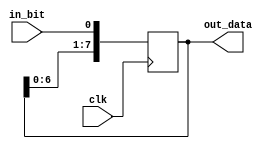
`timescale 1ns / 1ps
//////////////////////////////////////////////////////////////////////////////////
// Company: 
// Engineer: 
// 
// Design Name: 
// Module Name: shift_reg
// Project Name: 
// Target Devices: 
// Tool Versions: 
// Description: 
// 
// Dependencies: 
// 
// Revision:
// Revision 0.01 - File Created
// Additional Comments:
// 
//////////////////////////////////////////////////////////////////////////////////


module shift_in_reg(
clk,
in_bit,
out_data
    );
    
    input clk;
    input in_bit;
    //input load_shift_register;
    output [7:0] out_data;
    reg [7:0] shift_data;
    
    assign out_data = shift_data;
    
    always @(posedge clk)
        shift_data <= {shift_data[6:0], in_bit};
    
endmodule